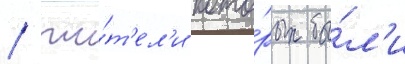
/ жи́т'ел'и кото́рых бы́л'и